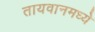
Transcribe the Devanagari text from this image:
तायवानमध्ये